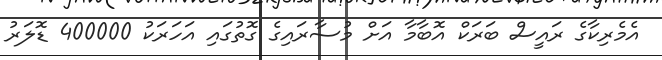
އެމެރިކާގެ ރައީސް ބަރަކް އޮބާމާ އަށް މުސާރައިގެ ގޮތުގައި އަހަރަކު 400000 ޑޮލަރު